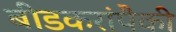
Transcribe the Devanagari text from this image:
बीडकरांपैकी